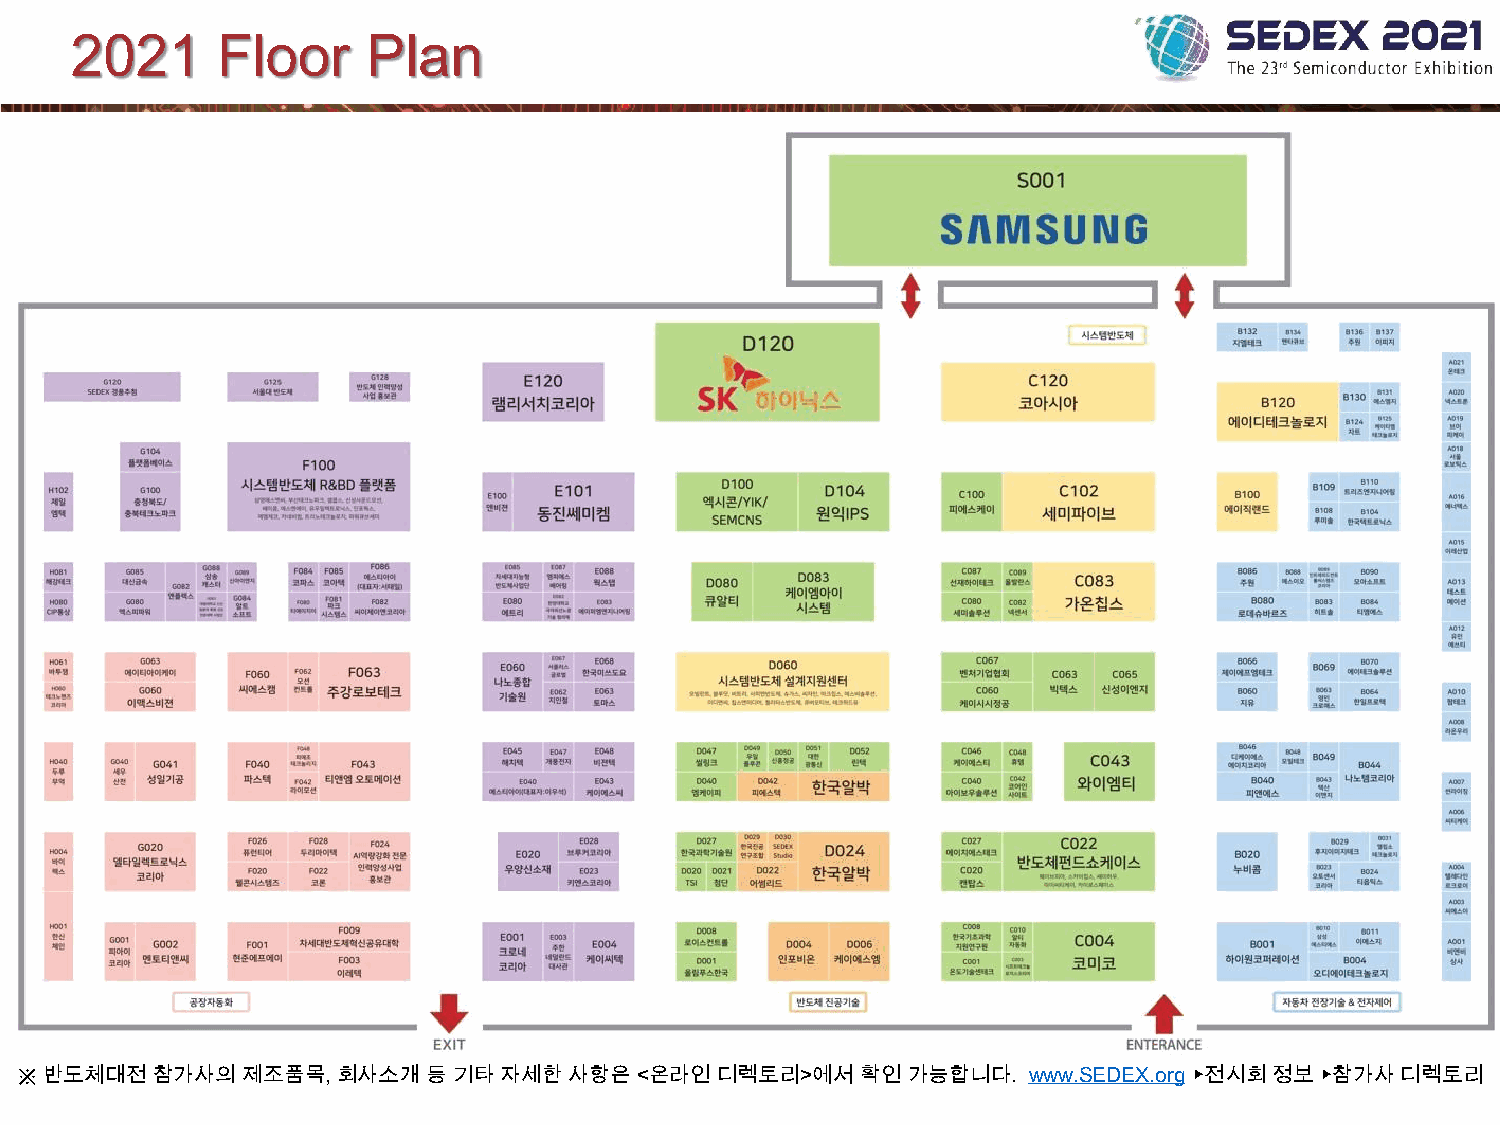
2021     Floor     Plan
 ※ 반도체대전참가사의제조품목,     회사소개등기타자세한사항은<온라인디렉토리>에서           확인가능합니다.   www.SEDEX.org ▶전시회정보▶참가사디렉토리